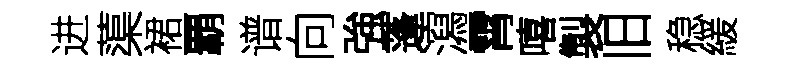
进蕖裙覇谱向強蓬瀉霄嘻製旧稳緩